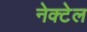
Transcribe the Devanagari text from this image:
नेक्टेल